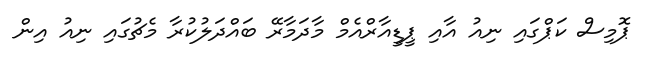
ޕޮމިސް ކަޕްގައި ނިއު އާއި ޕީޑީއާރްއެމް މާދަމާރޭ ބައްދަލުކުރާ މެޗުގައި ނިއު އިން